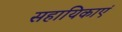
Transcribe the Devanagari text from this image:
सहायिकाएं